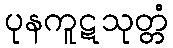
ပုနကူဋသုတ္တံ